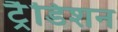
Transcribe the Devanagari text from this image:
ट्रैडिशन